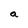
Character: a